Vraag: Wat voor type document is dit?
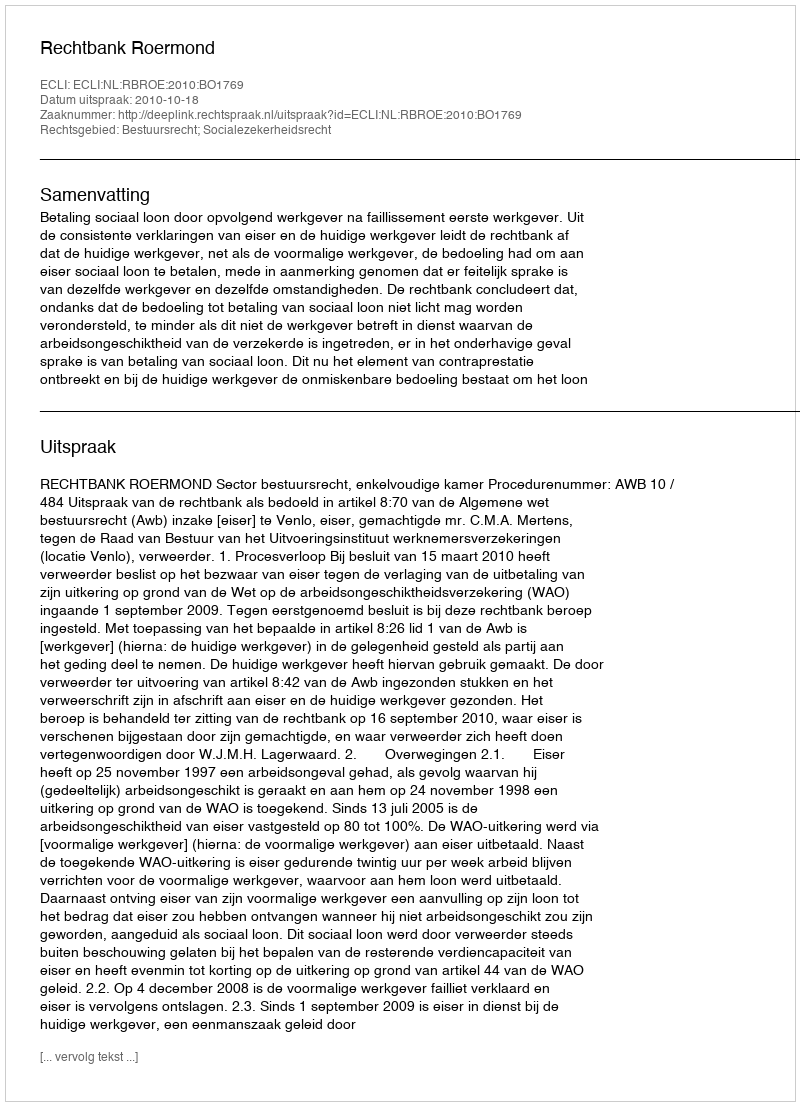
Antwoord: Uitspraak